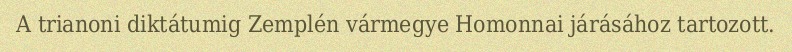
A trianoni diktátumig Zemplén vármegye Homonnai járásához tartozott.